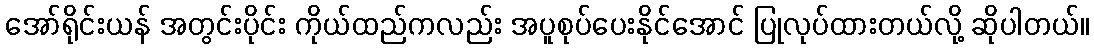
အော်ရိုင်းယန် အတွင်းပိုင်း ကိုယ်ထည်ကလည်း အပူစုပ်ပေးနိုင်အောင် ပြုလုပ်ထားတယ်လို့ ဆိုပါတယ်။